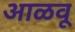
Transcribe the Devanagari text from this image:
आळवू